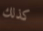
كذلك